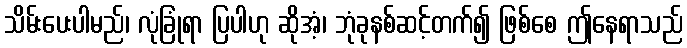
သိမ်းပေးပါမည်၊ လုံခြုံရာ ပြပါဟု ဆိုအံ့၊ ဘုံခုနစ်ဆင့်တက်၍ ဖြစ်စေ ဤနေရာသည်